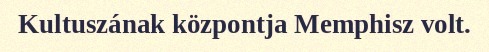
Kultuszának központja Memphisz volt.